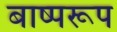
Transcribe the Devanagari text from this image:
बाष्परूप